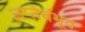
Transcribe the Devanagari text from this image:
ज्ञप्तेर्बभूव